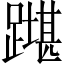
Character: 𲄇